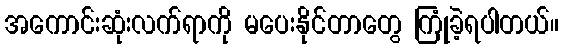
အကောင်းဆုံးလက်ရာကို မပေးနိုင်တာတွေ ကြုံခဲ့ရပါတယ်။